Indian journal of veterinary science and animal husbandry - Volumes 28-29, 1958-1959
Year: 1958
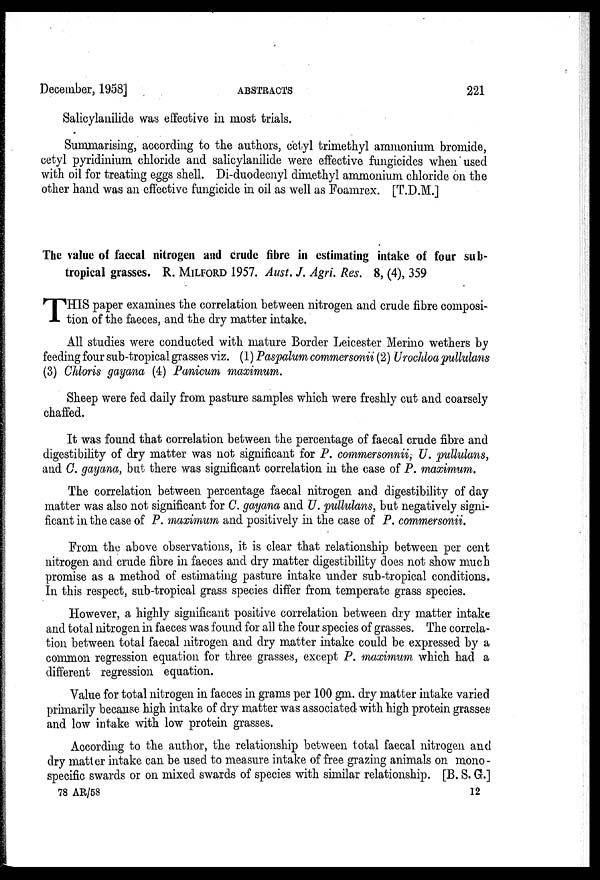
December, 1958]
ABSTRACTS
221
Salicylanilide was effective in most trials.
Summarising, according to the authors, cetyl trimethyl ammonium bromide,
cetyl pyridinium chloride and salicylanilide were effective fungicides when used
with oil for treating eggs shell. Di-duodecnyl dimethyl ammonium chloride on the
other hand was an effective fungicide in oil as well as Foamrex. [T.D.M.]
The value of faecal nitrogen and crude fibre in estimating intake of four sub-
tropical grasses. R. MILFORD 1957. Aust. J. Agri. Res. 8, (4), 359
T HIS paper examines the correlation between nitrogen and crude fibre composi-
tion of the faeces, and the dry matter intake.
All studies were conducted with mature Border Leicester Merino wethers by
feeding four sub-tropical grasses viz. (1) Paspalum commersonii (2) Urochloa pullulans
(3) Chloris gayana (4) Panicum maximum.
Sheep were fed daily from pasture samples which were freshly cut and coarsely
chaffed.
It was found that correlation between the percentage of faecal crude fibre and
digestibility of dry matter was not significant for P. commersonnii, U. pullulans,
and C. gayana, but there was significant correlation in the case of P. maximum.
The correlation between percentage faecal nitrogen and digestibility of day
matter was also not significant for C. gayana and U. pullulans, but negatively signi-
ficant in the case of P. maximum and positively in the case of P. commersonii.
From the above observations, it is clear that relationship between per cent
nitrogen and crude fibre in faeces and dry matter digestibility does not show much
promise as a method of estimating pasture intake under sub-tropical conditions.
In this respect, sub-tropical grass species differ from temperate grass species.
However, a highly significant positive correlation between dry matter intake
and total nitrogen in faeces was found for all the four species of grasses. The correla-
tion between total faecal nitrogen and dry matter intake could be expressed by a
common regression equation for three grasses, except P. maximum which had a
different regression equation.
Value for total nitrogen in faeces in grams per 100 gm. dry matter intake varied
primarily because high intake of dry matter was associated with high protein grasses
and low intake with low protein grasses.
According to the author, the relationship between total faecal nitrogen and
dry matter intake can be used to measure intake of free grazing animals on mono-
specific swards or on mixed swards of species with similar relationship. [B. S. G.]
78 AR/58
12